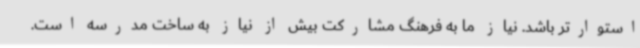
استوارتر باشد. نیاز ما به فرهنگ مشارکت بیش از نیاز به ساخت مدرسه است.